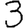
Digit: 3